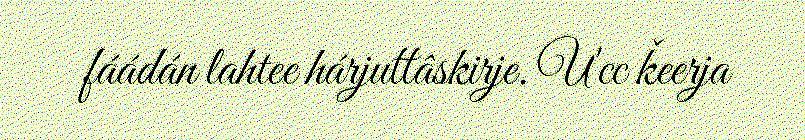
fáádán lahtee hárjuttâskirje. U'cc ǩeerja